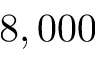
8 , 0 0 0